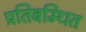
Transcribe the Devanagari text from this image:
प्रतिबम्धित